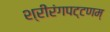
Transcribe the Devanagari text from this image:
श्रीरंगपट्टणम्